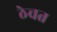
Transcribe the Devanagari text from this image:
ठेचत